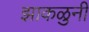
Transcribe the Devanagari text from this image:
झाकळुनी